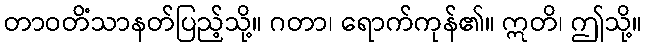
တာဝတိံသာနတ်ပြည့်သို့။ ဂတာ၊ ရောက်ကုန်၏။ ဣတိ၊ ဤသို့။